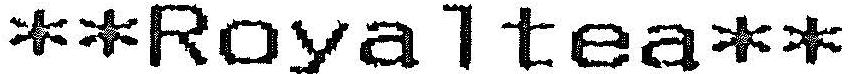
**ROYALTEA**